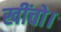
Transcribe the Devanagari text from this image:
खींचो।